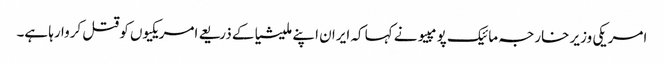
امریکی وزیر خارجہ مائیک پومپیو نے کہا کہ ایران اپنے ملیشیا کے ذریعے امریکیوں کو قتل کروا رہا ہے۔